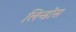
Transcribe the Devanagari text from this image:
लिन्डोस